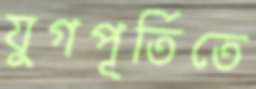
যুগপূর্তিতে